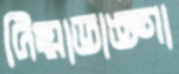
দিয়াডাঙ্গা